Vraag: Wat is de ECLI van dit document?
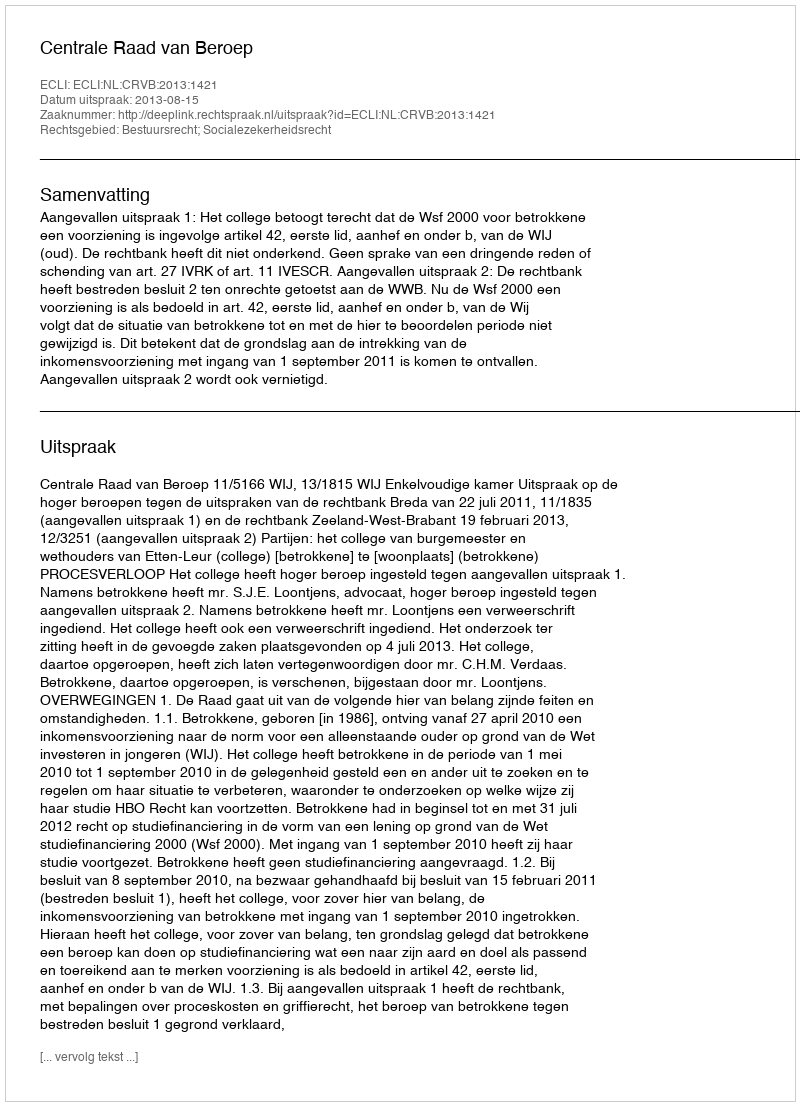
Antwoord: ECLI:NL:CRVB:2013:1421